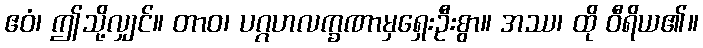
ဧဝံ၊ ဤသို့လျှင်။ တာဝ၊ ပဂ္ဂဟလက္ခဏာမှရှေးဦးစွာ။ အဿ၊ ထို ဝီရိယ၏။